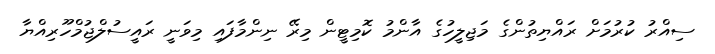
ސިއްރު ކުރުމަށް ރައްޔިތުންގެ މަޖިލީހުގެ އާންމު ކޮމިޓީން މިރޭ ނިންމާފައި މިވަނީ ރައީސުލްޖުމްހޫރިއްޔާ